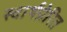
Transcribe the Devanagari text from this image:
स्वार्थप्रेरित